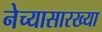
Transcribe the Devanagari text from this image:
नेच्यासारख्या